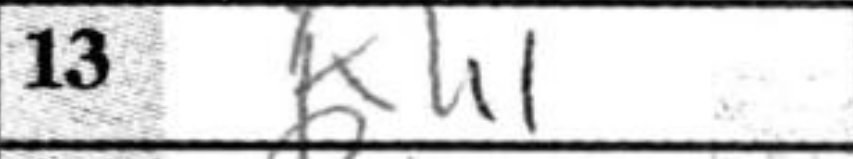
Transcription: Kh1